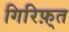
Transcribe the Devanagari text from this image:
गिरिफ़्त